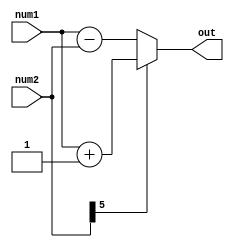
`timescale 1ns / 1ps

module normmultexp(
input [8:0] num1,
input [5:0] num2,
output reg [8:0] out
    );

always @ (*)
    begin
        if (num2[5])
            begin
                out = num1 + 1;
            end
        else
            begin
                out = num1 - {3'b000, num2};
            end    
    end    
endmodule